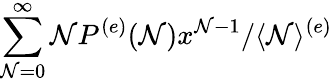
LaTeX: \sum_{\mathcal{N}=0}^{\infty}\mathcal{N}P^{(e)}(\mathcal{N})x^{\mathcal{N}-1}/\langle\mathcal{N}\rangle^{(e)}